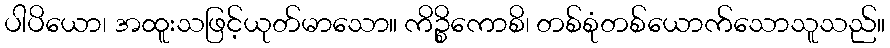
ပါပိယော၊ အထူးသဖြင့်ယုတ်မာသော။ ကိဉ္စိကောစိ၊ တစ်စုံတစ်ယောက်သောသူသည်။